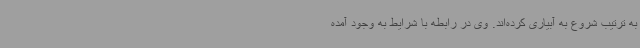
به ترتیب شروع به آبیاری کرده‌اند. وی در رابطه با شرایط به وجود آمده